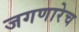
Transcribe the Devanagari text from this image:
जगणारेच